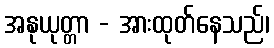
အနုယုတ္တာ - အားထုတ်နေသည်၊